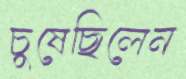
চুষেছিলেন